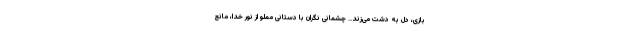
بازی، دل به دشت می‌زند.. چشمانی نگران با دستانی مملو از نور خدا، مانع